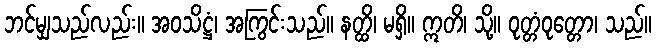
ဘင်မျှသည်လည်း။ အဝသိဋ္ဌံ၊ အကြွင်းသည်။ နတ္ထိ၊ မရှိ။ ဣတိ၊ သို့။ ဝုတ္တံဝုတ္တော၊ သည်။